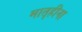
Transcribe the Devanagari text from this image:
मातृहीना